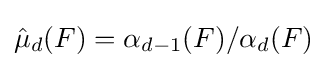
{\hat {\mu }}_{d}(F)=\alpha _{d-1}(F)/\alpha _{d}(F)